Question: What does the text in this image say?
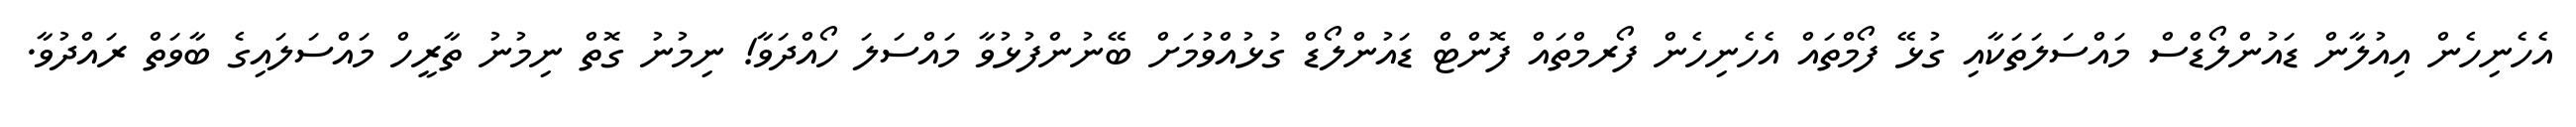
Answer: އެހެނިހެން އިއުލާން ޑައުންލޯޑްސް މައްސަލަތަކާއި ގުޅޭ ފޯމްތައް އެހެނިހެން ފޯރމްތައް ފޮންޓް ޑައުންލޯޑް ގުޅުއްވުމަށް ބޭނުންފުޅުވާ މައްސަލަ ހޯއްދަވާ! ނިމުނު ގޮތް ނިމުނު ތާރީހް މައްސަލައިގެ ބާވަތް ރައްދުވާ.